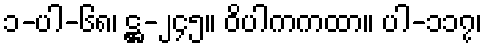
၁-ပါ-၆၈၊ ဋ္ဌ-၂၄၅။ ဝိပါကကထာ။ ပါ-၁၁၇၊